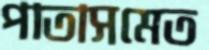
পাতাসমেত